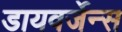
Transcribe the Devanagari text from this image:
डायवर्जेन्स